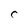
Character: C